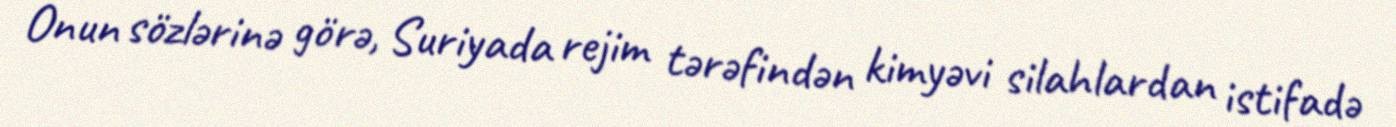
Onun sözlərinə görə, Suriyada rejim tərəfindən kimyəvi silahlardan istifadə